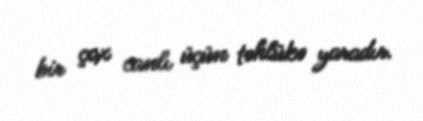
bir çox canlı üçün təhlükə yaradır.